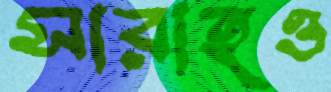
সারাহও